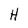
Character: K